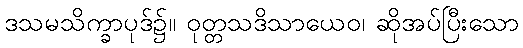
ဒသမသိက္ခာပုဒ်၌။ ဝုတ္တသဒိသာယေဝ၊ ဆိုအပ်ပြီးသော